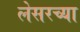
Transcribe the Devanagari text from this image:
लेसरच्या